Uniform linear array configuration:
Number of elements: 8
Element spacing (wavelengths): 0.75
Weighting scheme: cosine
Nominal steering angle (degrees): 0
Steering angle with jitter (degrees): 0.03243
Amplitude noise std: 0.05
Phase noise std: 0.05

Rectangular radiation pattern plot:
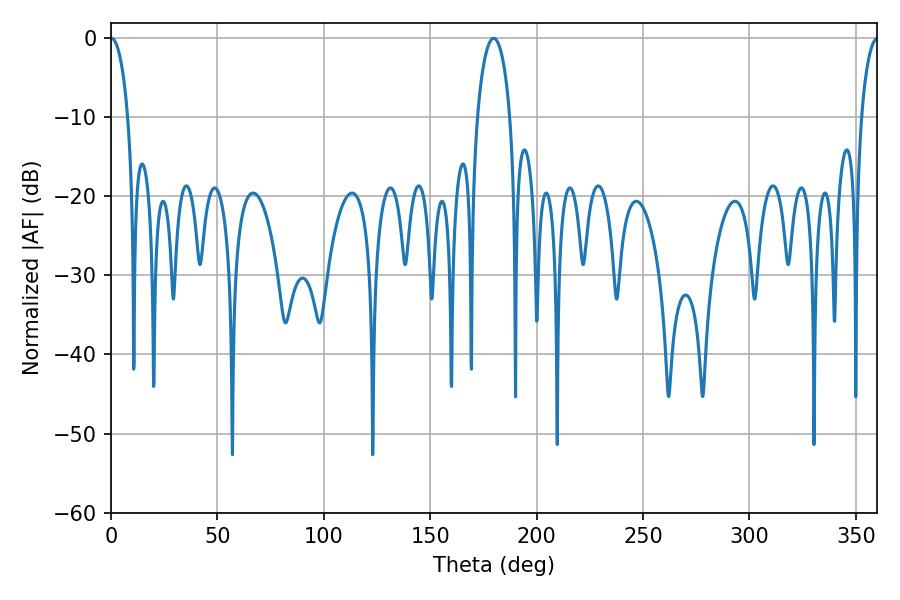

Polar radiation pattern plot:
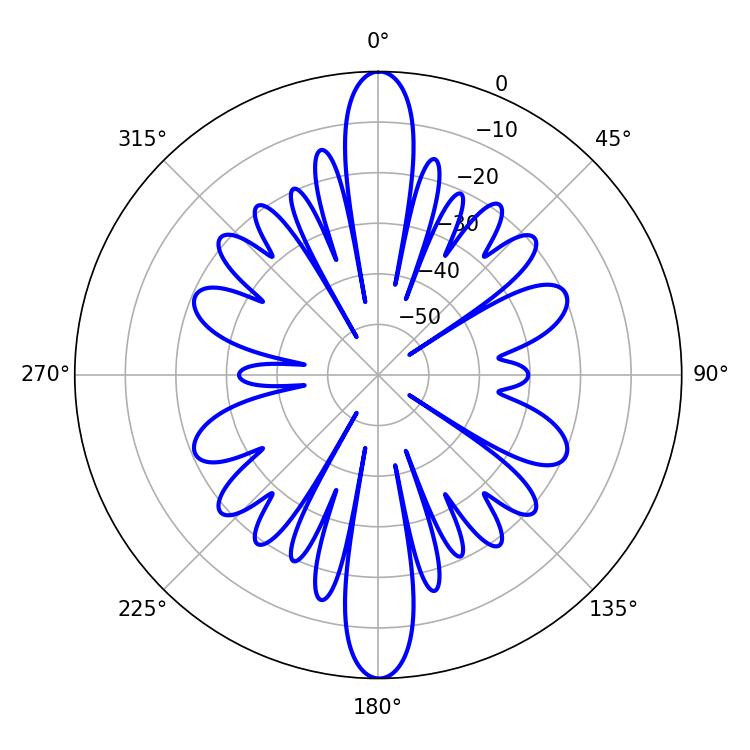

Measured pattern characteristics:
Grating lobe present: TRUE
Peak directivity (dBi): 31.811
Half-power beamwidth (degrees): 4.68
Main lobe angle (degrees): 0.18